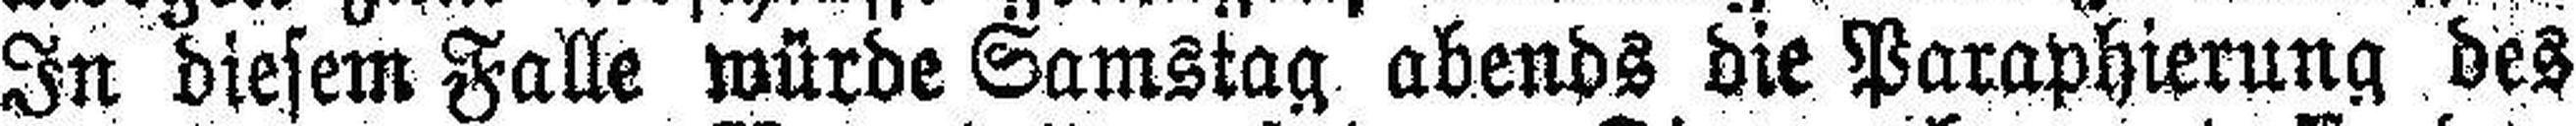
In diesem Falle würde Samstag abends die Paraphierung des